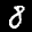
Label: 8